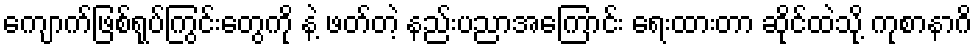
ကျောက်ဖြစ်ရုပ်ကြွင်းတွေကို နဲ့ ဖတ်တဲ့ နည်းပညာအကြောင်း ရေးထားတာ ဆိုင်ထဲသို့ ကုစာနာဂိ